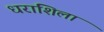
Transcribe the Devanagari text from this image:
धराशिला